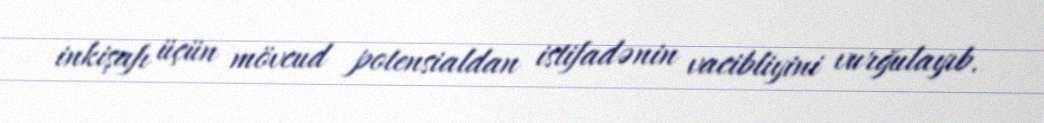
inkişafı üçün mövcud potensialdan istifadənin vacibliyini vurğulayıb.